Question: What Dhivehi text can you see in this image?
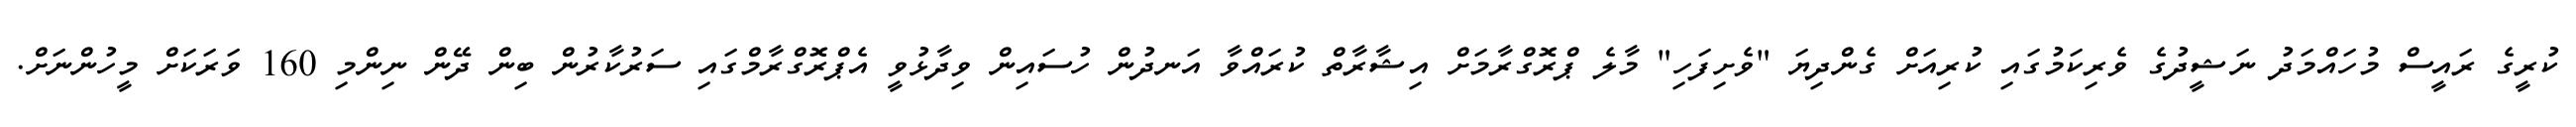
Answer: ކުރީގެ ރައީސް މުހައްމަދު ނަޝީދުގެ ވެރިކަމުގައި ކުރިއަށް ގެންދިޔަ "ވެށިފަހި" މާލެ ޕްރޮގްރާމަށް އިޝާރާތް ކުރައްވާ އަނދުން ހުސައިން ވިދާޅުވީ އެޕްރޮގްރާމްގައި ސަރުކާރުން ބިން ދޭން ނިންމި 160 ވަރަކަށް މީހުންނަށް.